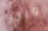
ويبر